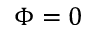
\Phi = 0